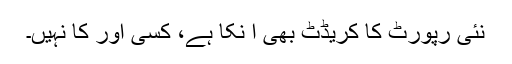
نئی رپورٹ کا کریڈٹ بھی ا نکا ہے، کسی اور کا نہیں۔